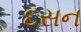
દસન